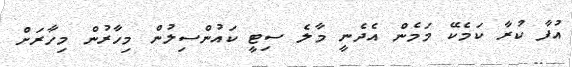
އުފާ ކުރާ ކަމެކޭ މަމެން އެދެނީ މާލެ ސިޓީ ކައުންސިލުން މިހާރުން މިހާރަށް